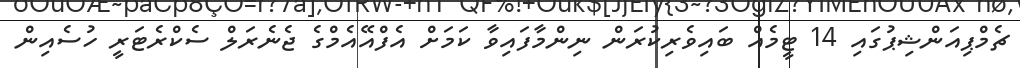
ޗެމްޕިއަންޝިޕުގައި 14 ޓީމެއް ބައިވެރިކުރަން ނިންމާފައިވާ ކަމަށް އެފްއޭއެމްގެ ޖެނެރަލް ސެކްރެޓަރީ ހުސެއިން